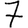
Digit: 7